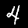
Label: 4